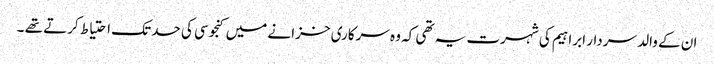
ان کے والد سردار ابراہیم کی شہرت یہ تھی کہ وہ سرکاری خزانے میں کنجوسی کی حد تک احتیاط کرتے تھے ۔